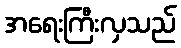
အရေးကြီးလှသည်